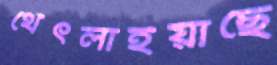
থেঁৎলাইয়াছে